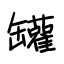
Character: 罐